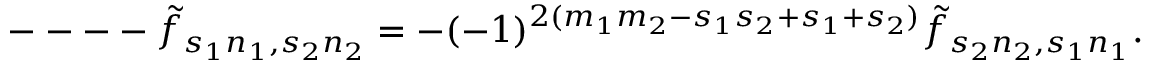
--- - \tilde { f } _ { s _ { 1 } n _ { 1 } , s _ { 2 } n _ { 2 } } = - ( - 1 ) ^ { 2 ( m _ { 1 } m _ { 2 } - s _ { 1 } s _ { 2 } + s _ { 1 } + s _ { 2 } ) } \tilde { f } _ { s _ { 2 } n _ { 2 } , s _ { 1 } n _ { 1 } } .